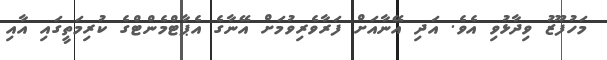
މަހުފޫޒު ވިދާޅުވި އެވެ. އަދި އޭނާއަށް ފަރާވެރިވުމަށް އޭނާގެ އެޕާޓްމެންޓްގެ ކުރިމަތީގައި އާއި